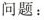
问题：